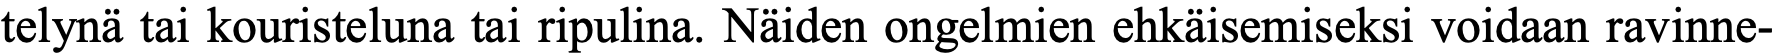
telynä tai kouristeluna tai ripulina. Näiden ongelmien ehkäisemiseksi voidaan ravinne-